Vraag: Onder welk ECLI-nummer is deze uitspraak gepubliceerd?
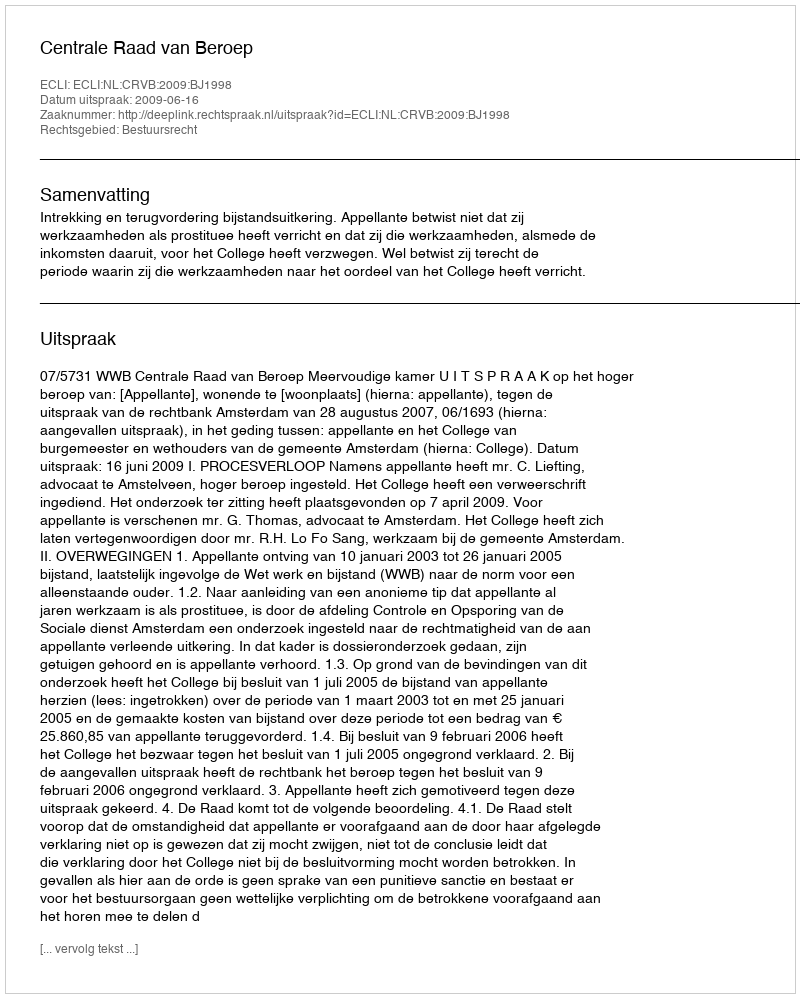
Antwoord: ECLI:NL:CRVB:2009:BJ1998